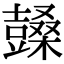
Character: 𣞙